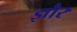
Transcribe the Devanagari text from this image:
ज्ञौर